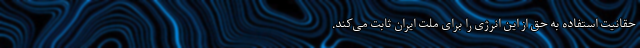
حقانیت استفاده به حق از این انرژی را برای ملت ایران ثابت می‌کند.